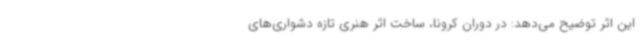
این اثر توضیح می‌دهد: در دوران کرونا، ساخت اثر هنری تازه دشواری‌های